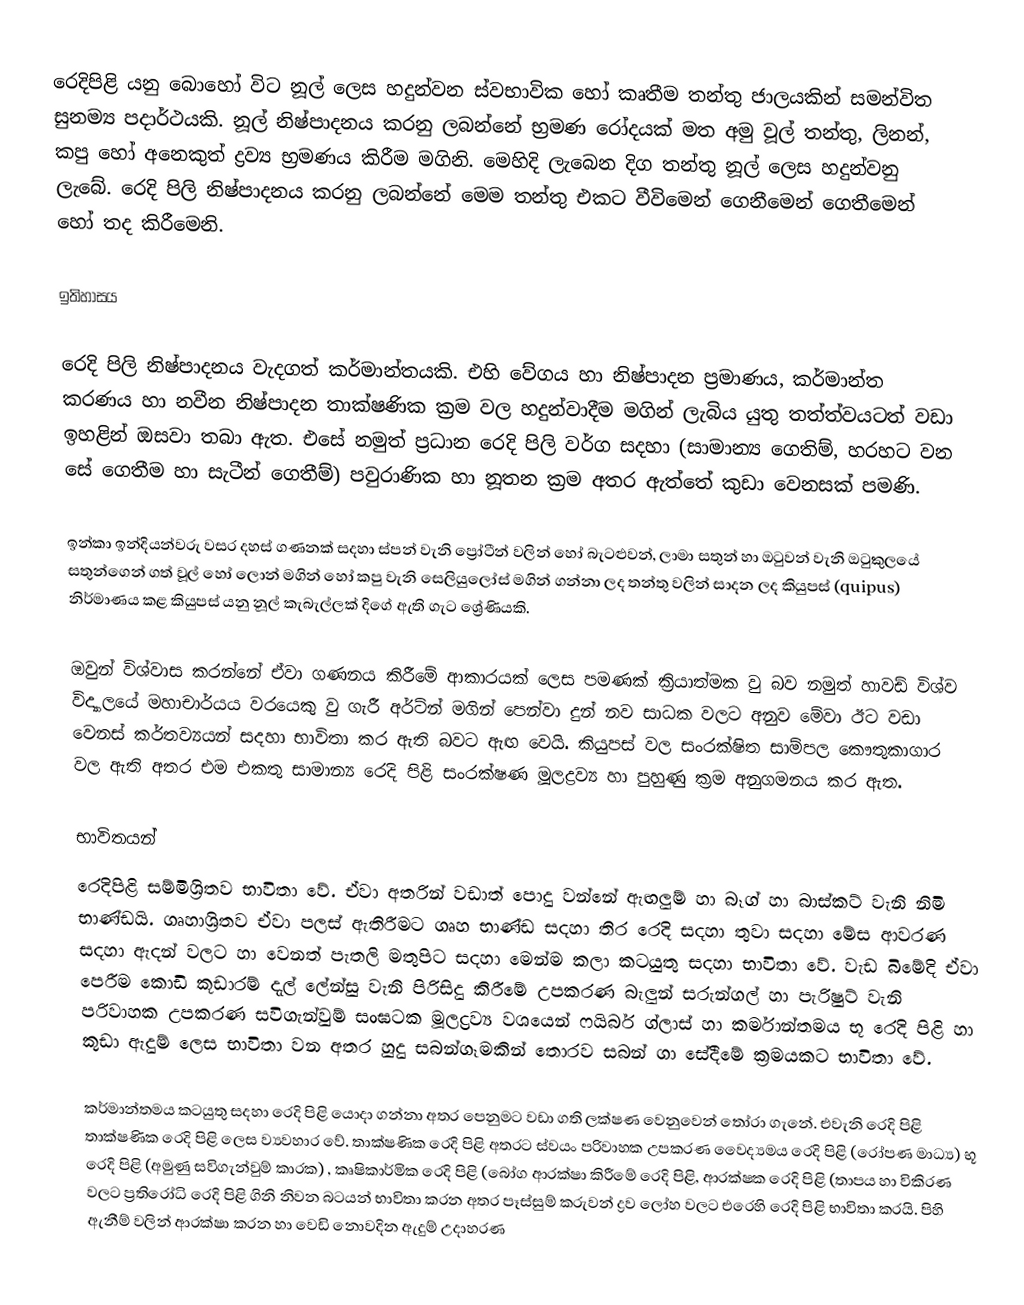
රෙදිපිළි යනු බොහෝ විට නූල් ලෙස හදුන්වන ස්වභාවික හෝ කෘතීම තන්තු ජාලයකින් සමන්විත සුනම්‍ය පදාර්ථයකි. නූල් නිෂ්පාදනය කරනු ලබන්නේ භ්‍රමණ රෝදයක් මත අමු වූල් තන්තු, ලිනන්, කපු හෝ අනෙකුත් ද්‍රව්‍ය භ්‍රමණය කිරීම මගිනි. මෙහිදි ලැබෙන දිග තන්තු නූල් ලෙස හදුන්වනු ලැබේ. රෙදි පිලි නිෂ්පාදනය කරනු ලබන්නේ මෙම තන්තු එකට වීවිමෙන් ගෙනීමෙන් ගෙතීමෙන් හෝ තද කිරීමෙනි.

ඉතිහාසය

රෙදි පිලි නිෂ්පාදනය වැදගත් කර්මාන්තයකි. එහි වේගය හා නිෂ්පාදන ප්‍රමාණය, කර්මාන්ත කරණය හා නවීන නිෂ්පාදන තාක්ෂණික ක්‍රම වල හදුන්වාදීම මගින් ලැබිය යුතු තත්ත්වයටත් වඩා ඉහළින් ඔසවා තබා ඇත. එසේ නමුත් ප්‍රධාන රෙදි පිලි වර්ග සදහා (සාමාන්‍ය ගෙතිම්, හරහට වන සේ ගෙතීම හා සැටීන් ගෙතීම්) පවුරාණික හා නූතන ක්‍රම අතර ඇත්තේ කුඩා වෙනසක් පමණි.

ඉන්කා ඉන්දියන්වරු වසර දහස් ගණනක් සදහා ස්පන් වැනි ප්‍රෝටීන් වලින් හෝ  බැටළුවන්, ලාමා සතුන් හා ඔටුවන් වැනි ඔටුකුලයේ සතුන්ගෙන් ගත් වූල් හෝ ලොන් මගින් හෝ කපු වැනි සෙලියුලෝස් මගින් ගන්නා ලද තන්තු වලින් සාදන ලද කියුපස් (quipus) නිර්මාණය කළ කියුපස් යනු නූල් කැබැල්ලක් දිගේ ඇති ගැට ශ්‍රේණියකි.

ඔවුන් විශ්වාස කරන්නේ ඒවා ගණනය කිරීමේ ආකාරයක් ලෙස පමණක් ක්‍රියාත්මක වු බව නමුත් හාවඩ් විශ්ව විද්‍යාලයේ මහාචාර්යය වරයෙකු වු ගැරී අර්ට්න් මගින් පෙන්වා දුන් නව සාධක වලට අනුව මේවා ඊට වඩා වෙනස් කර්තව්‍යයන් සදහා භාවිතා කර ඇති බවට ඇඟ වෙයි. කියුපස් වල සංරක්ෂිත සාම්පල කෞතුකාගාර වල ඇති අතර එම එකතු සාමාන්‍ය රෙදි පිළි සංරක්ෂණ මූලද්‍රව්‍ය හා පුහුණු ක්‍රම අනුගමනය කර ඇත.

භාවිතයන්
රෙදිපිළි සම්මිශ්‍රිතව භාවිතා වේ. ඒවා අතරින් වඩාත් පොදු වන්නේ ඇඟලුම් හා බෑග් හා බාස්කට් වැනි නිමි භාණ්ඩයි. ගෘහාශ්‍රිතව ඒවා පලස් ඇතිරීමට ගෘහ භාණ්ඩ සදහා තිර රෙදි සදහා තුවා සදහා මේස ආවරණ සදහා ඇදන් වල‍ට හා වෙනත් පැතලි මතුපිට සදහා මෙන්ම කලා කටයුතු සදහා භාවිතා වේ. වැඩ බිමේදි ඒවා පෙරීම කොඩි කූඩාරම් දැල් ලේන්සු වැනි පිරිසිදු කිරීමේ උපකරණ බැලුන් සරුන්ගල් හා පැරිෂුට් වැනි පරිවාහක උපකරණ සවිගැන්වුම් සංඝටක මූලද්‍රව්‍ය වශයෙන් ෆයිබර් ග්ලාස් හා කර්මාන්තමය භූ රෙදි පිළි හා කුඩා ඇදුම් ලෙස භාවිතා වන අතර හුදු සබන්ගෑමකින් තොරව සබන් ගා සේදීමේ ක්‍රමයකට භාවිතා වේ.

කර්මාන්තමය කටයුතු සදහා රෙදි පිළි යොදා ගන්නා අතර පෙනුමට වඩා ගති ලක්ෂණ වෙනුවෙන් තෝරා ගැනේ. එවැනි රෙදි පිළි තාක්ෂණික රෙදි පිළි ලෙස ව්‍යවහාර වේ. තාක්ෂණික රෙදි පිළි අතරට ස්වයං පරිවාහක උපකරණ වෛද්‍යමය රෙදි පිළි (රෝපණ මාධ්‍ය) භූ රෙදි පිළි (අමුණු සවිගැන්වුම් කාරක) , කෘෂිකාර්මික රෙදි පිළි (බෝග ආරක්ෂා කිරීමේ රෙදි පිළි, ආරක්ෂක රෙදි පිළි (තාපය හා විකිරණ වලට ප්‍රතිරෝධි රෙදි පිළි ගිනි නිවන බටයන් භාවිතා කරන අතර පෑස්සුම් කරුවන් ද්‍රව ලෝහ වලට එරෙහි රෙදි පිළි භාවිතා කරයි. පිහි ඇනීම් වලින් ආරක්ෂා කරන හා වෙඩි නොවදින ඇදුම් උදාහරණ